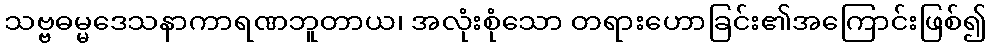
သဗ္ဗဓမ္မဒေသနာကာရဏဘူတာယ၊ အလုံးစုံသော တရားဟောခြင်း၏အကြောင်းဖြစ်၍